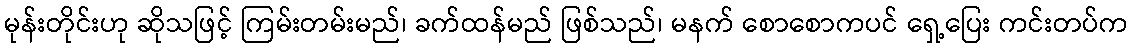
မုန်းတိုင်းဟု ဆိုသဖြင့် ကြမ်းတမ်းမည်၊ ခက်ထန်မည် ဖြစ်သည်၊ မနက် စောစောကပင် ရှေ့ပြေး ကင်းတပ်က